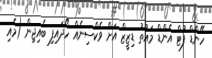
ހޭންޑް ފުޓް އެންޑް މައުތު ޑިޒީޒް އަށް ވެކްސިނެއް ހޯދައިފި ބެއިޖިން (މެއި